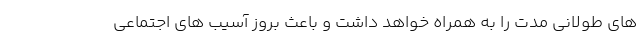
های طولانی مدت را به همراه خواهد داشت و باعث بروز آسیب های اجتماعی